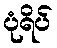
ပုံရိပ်